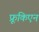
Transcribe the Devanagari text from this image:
फ्रूकिएन